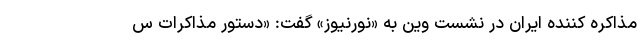
مذاکره کننده ایران در نشست وین به «نورنیوز» گفت: «دستور مذاکرات س